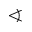
\sphericalangle